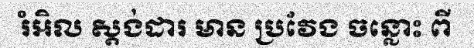
រំអិល ស្តង់ដារ មាន ប្រវែង ចន្លោះ ពី